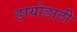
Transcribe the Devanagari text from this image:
डायोडाटी